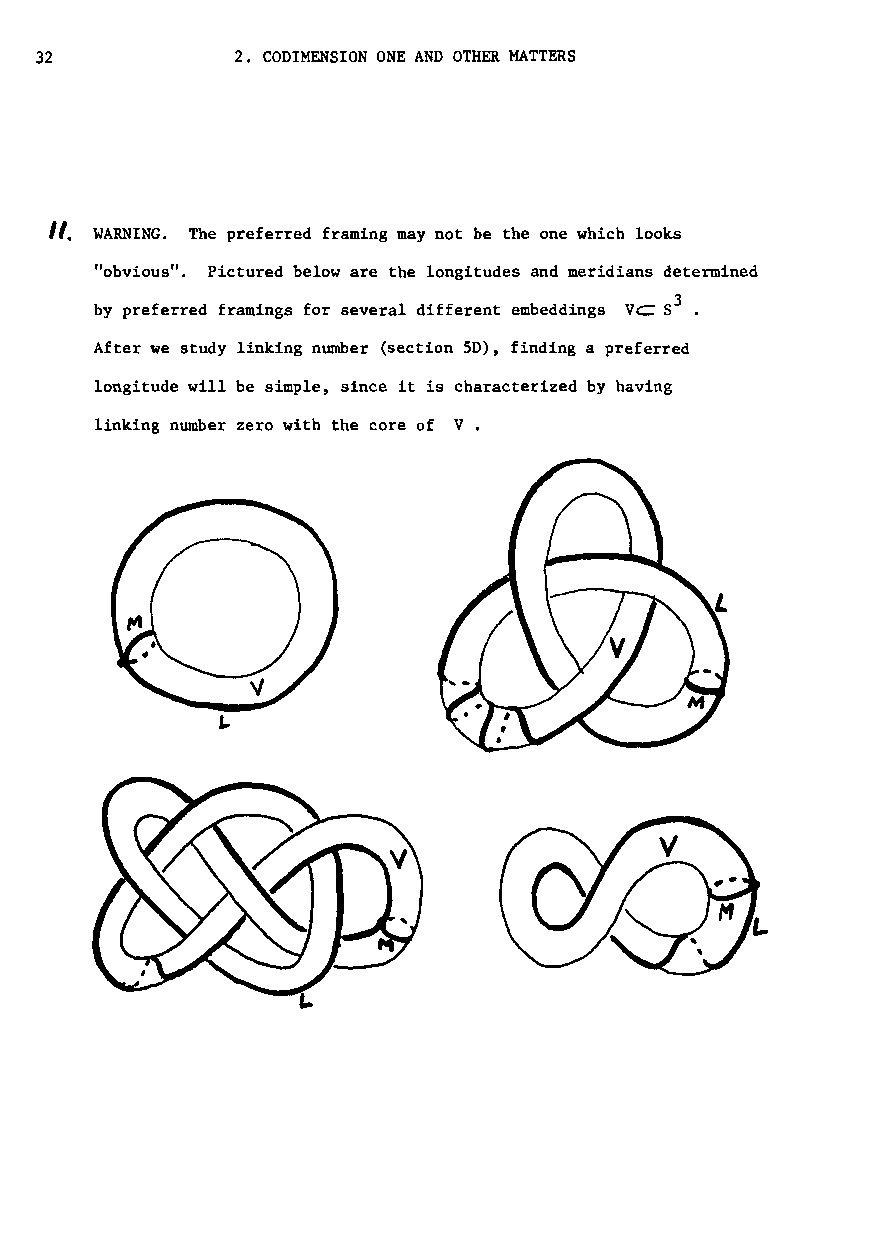
32            2. CODIMENSION ONE AND OTHER MATTERS
 ". WARNING. The preferred framing may not be the one which looks
 "obvious". Pictured below are the longitudes and meridians determined
 by preferred fram1ngs for several different embeddings VC: 53 •
 After we study linking number (section SD), finding a preferred
 longitude will be simple, since it is characterized by having
 linking number zero with the core of V.